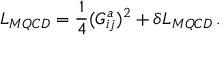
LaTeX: { \cal L } _ { M Q C D } = { \frac { 1 } { 4 } } ( G _ { i j } ^ { a } ) ^ { 2 } + \delta { \cal L } _ { M Q C D } \, .